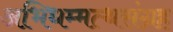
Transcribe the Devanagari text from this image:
अभिधम्मत्थसंग्रह